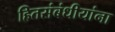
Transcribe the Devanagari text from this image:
हितसंबंधीयांना